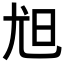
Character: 𡯟